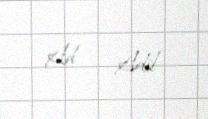
Ad — Adil